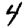
Digit: 4